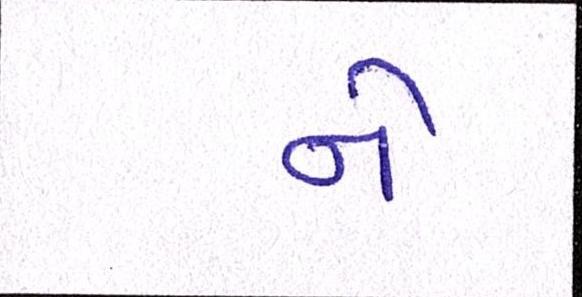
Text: ને